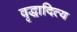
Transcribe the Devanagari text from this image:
वृद्धादित्य